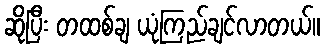
ဆိုပြီး တထစ်ချ ယုံကြည်ချင်လာတယ်။